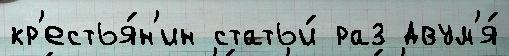
кр'естья́н'ин статьи́ раз двум'я́